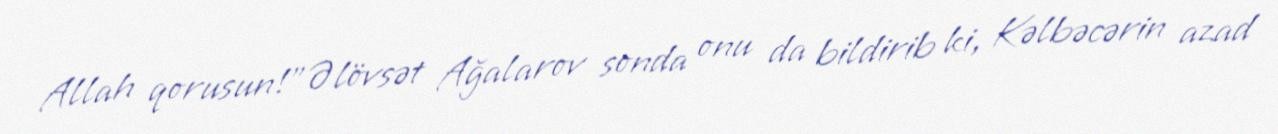
Allah qorusun!”Əlövsət Ağalarov sonda onu da bildirib ki, Kəlbəcərin azad